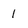
Character: 1